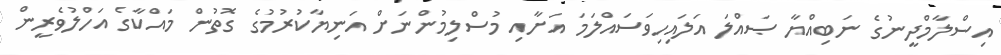
އިސްލާމްދީނުގެ ނަބިއްޔާ ޞައްލަ އަލައިހިވަސައްލަމަ އަށާއި މުސްލިމުންނަށް އަނިޔާކުރުމުގެ ގޮތުން މައްކާގެ އަހްލުވެރީން